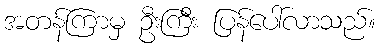
အတန်ကြာမှ ဦးကြီး ပြန်ပေါ်လာသည်။